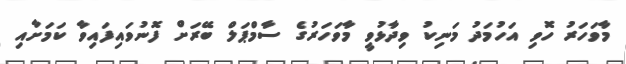
މާވަހަރު ހޮވި އަހުމަދު މަނިކު ވިދާޅުވީ މާވަހަރުގެ ސާމްޕަލް ބޭރަށް ފޮނުވައިފައިވާ ކަމަށާއި